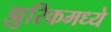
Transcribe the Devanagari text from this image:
झुरिकमध्ये